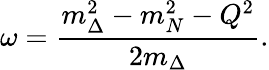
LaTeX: \omega=\frac{m_{\Delta}^{2}-m_{N}^{2}-Q^{2}}{2m_{\Delta}}.